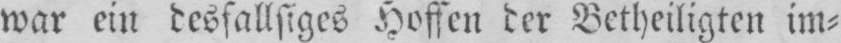
war ein desfallsiges Hoffen der Betheiligten im⸗